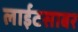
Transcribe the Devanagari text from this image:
लाईटसाबर